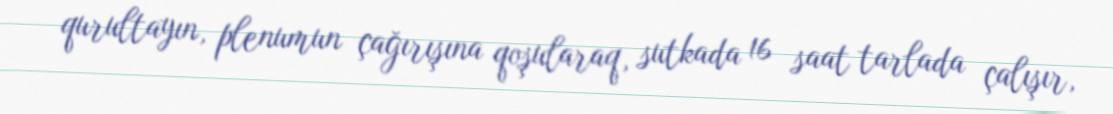
qurultayın, plenumun çağırışına qoşularaq, sutkada 16 saat tarlada çalışır,